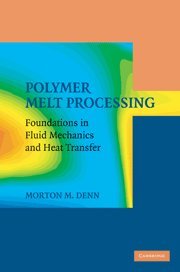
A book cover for Polymer Melt Processing: Foundations in Fluid Mechanics and Heat Transfer (Cambridge Series in Chemical Engineering); Morton M. Denn; Science & Math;